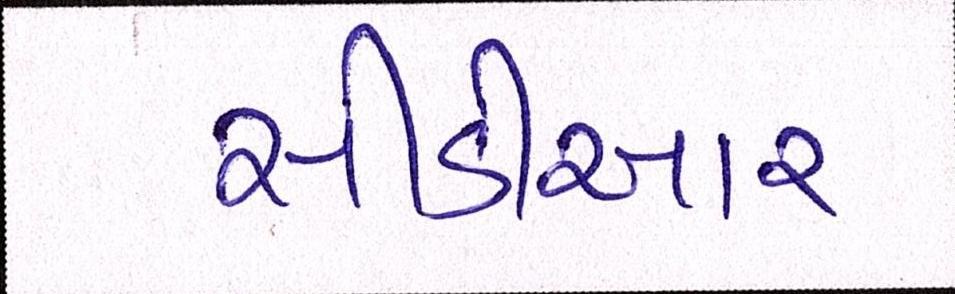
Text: સીડીઆર